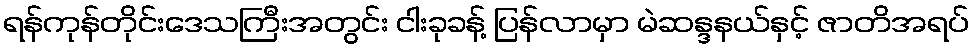
ရန်ကုန်တိုင်းဒေသကြီးအတွင်း ငါးခုခန့် ပြန်လာမှာ မဲဆန္ဒနယ်နှင့် ဇာတိအရပ်